Supplement to the account of plague administration in the Bombay Presidency from September 1896 till May 1897
Year: 1896
Disease focus: Plague
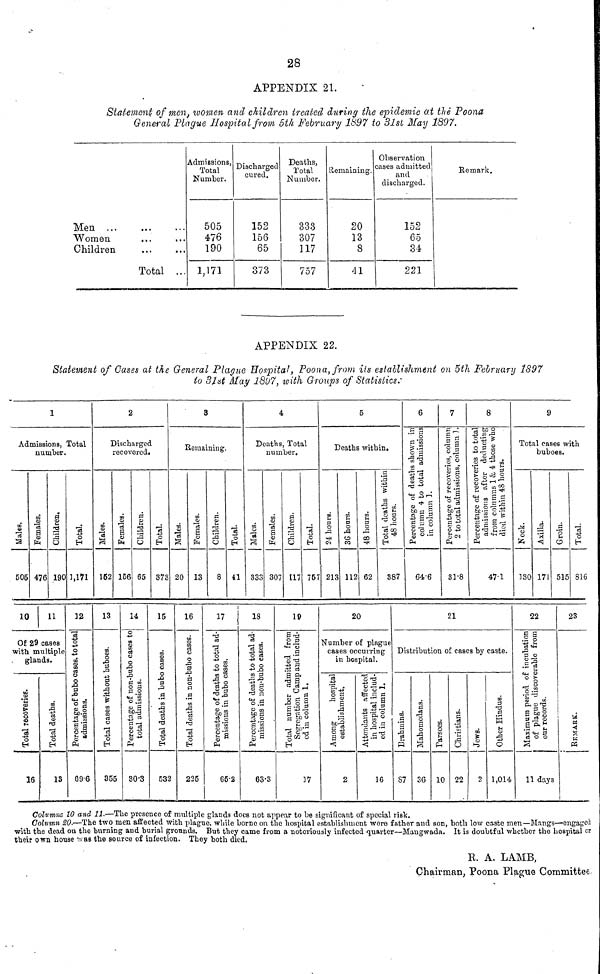
28
APPENDIX 21.
Statement of men, women and children treated during the epidemic at the Poona
General Plague Hospital from 6th February 1897 to 31st May 1897.
Men
...
Women
Children
• • •
Total
• • •
...
...
Admissions,
Total
Number.
505
476
190
1,171
Discharged
cured.
152
156
65
373
Deaths,
Total
Number.
333
307
117
757
Remaining.
20
13
8
41
Observation
cases admitted
and
discharged.
152
65
34
221
Be mark.
APPENDIX 22.
Statement of Oases at the General Plague Hospital, Poona, from its establishment on 5th February 1897
to 31st May 1897. with Groups of Statistics.
1
Admissions, Total
number.
Males.
506
Females.
476
10
Children.
190
11
Of 29 cases
with multiple
glands.
Total recoveries.
16
Total deaths.
13
Total.
1,171
12
Percentage of bubo cases, to total admissions.
69.6
2
Discharged
recovered.
Males.
162
13
Total cases without buboes.
355
Females.
158
Children.
65
14
Percentage of non-bubo cases to total admissions.
30.3
Total.
373
15
Total deaths in bubo cases.
532
3
Remaining.
Males.
20
Females.
13
16
Total deaths in non-bubo cases.
225
Children.
8
Total.
41
17
Percentage of deaths to total ad-missions in bubo cases.
65.2
4
Deaths, Total
number.
Males.
333
Females.
307
18
Percentage of deaths to total ad-missions in non-bubo cases.
63.3
Children.
117
Total.
757
19
Total number admitted from Segregation Camp and includ-ed in column 1.
37
5
Deaths within.
24 hours.
213
36 hours.
112
48 hours.
62
20
Total deaths within 48 hours.
387
Number of plague
cases occurring
in hospital.
Among hospital establishment
2
Attendants affected in hospital includ-ed in column 1.
16
6
Percentage of deaths shown in column 4 to total ad
64.6
7
Percentage of recoveries, column 2 to tota
81.8
21
8
Percentage of recoveries to total a
47.1
Distribution of cases by caste.
Brahmins.
87
Mahomodans.
36
Parsees.
10
Christians.
22
Jews.
2
Other Hindus.
1,014
9
Total cases with
buboes.
Neck.
180
Axilla.
171
22
Maximum period of
Groin.
515
Total.
816
23
REMAR
11 days
Columns 10 and 11.—The presence of multiple glands does not appear to be significant of special risk.
Column 20.—The two men affected with plague, while borno on the hospital establishment were father and son, both low caste men—Mangs—engaged
with the dead on the burning and burial grounds. But they came from a notoriously infected quarter—Mangwada. It is doubtful whether the hospital or
their own house was the source of infection. They both died.
R. A. LAMB,
Chairman, Poona Plague Committee